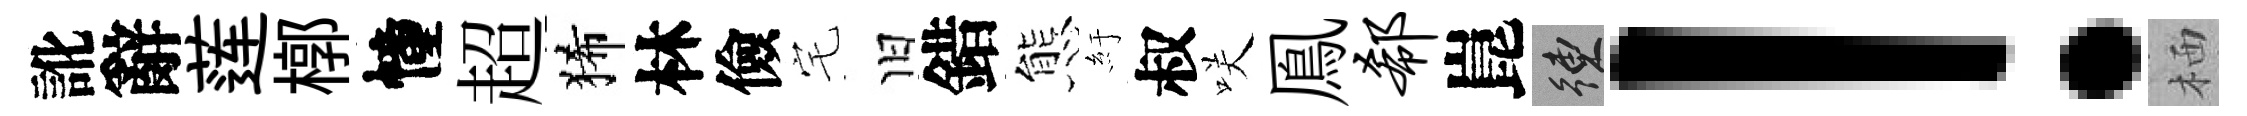
訛辭莲槨幢超狶林儉宅旧錯態紆叔咲鳯欷崑練！栖